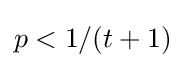
p<1/(t+1)